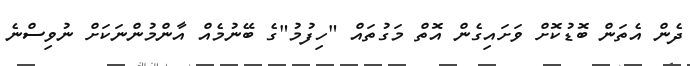
ދެން އެތަން ބޮޑުކޮށް ވަށައިގެން އޮތް މަގުތައް "ހިފުމު"ގެ ބޭނުމެއް އާންމުންނަކަށް ނުވިސްނެ